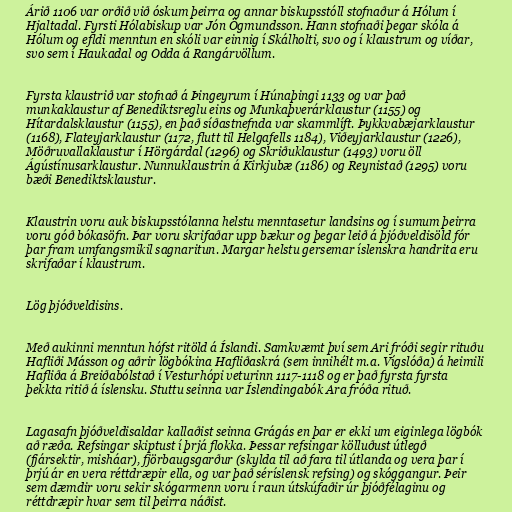
Árið 1106 var orðið við óskum þeirra og annar biskupsstóll stofnaður á Hólum í
Hjaltadal. Fyrsti Hólabiskup var Jón Ögmundsson. Hann stofnaði þegar skóla á
Hólum og efldi menntun en skóli var einnig í Skálholti, svo og í klaustrum og víðar,
svo sem í Haukadal og Odda á Rangárvöllum.

Fyrsta klaustrið var stofnað á Þingeyrum í Húnaþingi 1133 og var það
munkaklaustur af Benediktsreglu eins og Munkaþverárklaustur (1155) og
Hítardalsklaustur (1155), en það síðastnefnda var skammlíft. Þykkvabæjarklaustur
(1168), Flateyjarklaustur (1172, flutt til Helgafells 1184), Viðeyjarklaustur (1226),
Möðruvallaklaustur í Hörgárdal (1296) og Skriðuklaustur (1493) voru öll
Ágústínusarklaustur. Nunnuklaustrin á Kirkjubæ (1186) og Reynistað (1295) voru
bæði Benediktsklaustur.

Klaustrin voru auk biskupsstólanna helstu menntasetur landsins og í sumum þeirra
voru góð bókasöfn. Þar voru skrifaðar upp bækur og þegar leið á þjóðveldisöld fór
þar fram umfangsmikil sagnaritun. Margar helstu gersemar íslenskra handrita eru
skrifaðar í klaustrum.

Lög þjóðveldisins.

Með aukinni menntun hófst ritöld á Íslandi. Samkvæmt því sem Ari fróði segir rituðu
Hafliði Másson og aðrir lögbókina Hafliðaskrá (sem innihélt m.a. Vígslóða) á heimili
Hafliða á Breiðabólstað í Vesturhópi veturinn 1117-1118 og er það fyrsta fyrsta
þekkta ritið á íslensku. Stuttu seinna var Íslendingabók Ara fróða rituð.

Lagasafn þjóðveldisaldar kallaðist seinna Grágás en þar er ekki um eiginlega lögbók
að ræða. Refsingar skiptust í þrjá flokka. Þessar refsingar kölluðust útlegð
(fjársektir, misháar), fjörbaugsgarður (skylda til að fara til útlanda og vera þar í
þrjú ár en vera réttdræpir ella, og var það séríslensk refsing) og skóggangur. Þeir
sem dæmdir voru sekir skógarmenn voru í raun útskúfaðir úr þjóðfélaginu og
réttdræpir hvar sem til þeirra náðist.